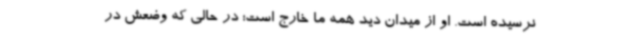
نرسیده است. او از میدان دید همه ما خارج است؛ در حالی‌ که وضعش در